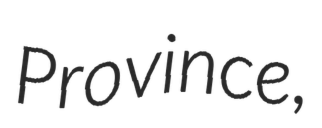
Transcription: Province,